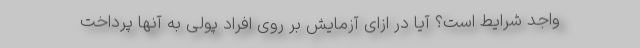
واجد شرایط است؟ آیا در ازای آزمایش بر روی افراد پولی به آنها پرداخت